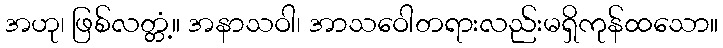
အဟု၊ ဖြစ်လတ္တံ့။ အနာသဝါ၊ အာသဝေါတရားလည်းမရှိကုန်ထသော။